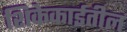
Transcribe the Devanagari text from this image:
शिकेकाईतील